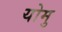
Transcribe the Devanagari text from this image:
योमु